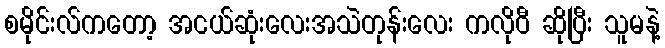
စမိုင်းလ်ကတော့ အငယ်ဆုံးလေးအသဲတုန်းလေး ကလိုဝီ ဆိုပြီး သူမနဲ့